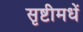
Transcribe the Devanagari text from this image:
सृष्टीमधें